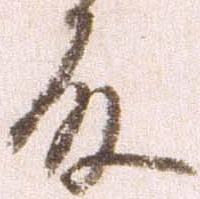
殿